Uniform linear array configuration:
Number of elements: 24
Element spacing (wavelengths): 0.25
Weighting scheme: blackman
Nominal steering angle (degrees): -45
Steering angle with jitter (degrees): -45.115
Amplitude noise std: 0.05
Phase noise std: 0.05

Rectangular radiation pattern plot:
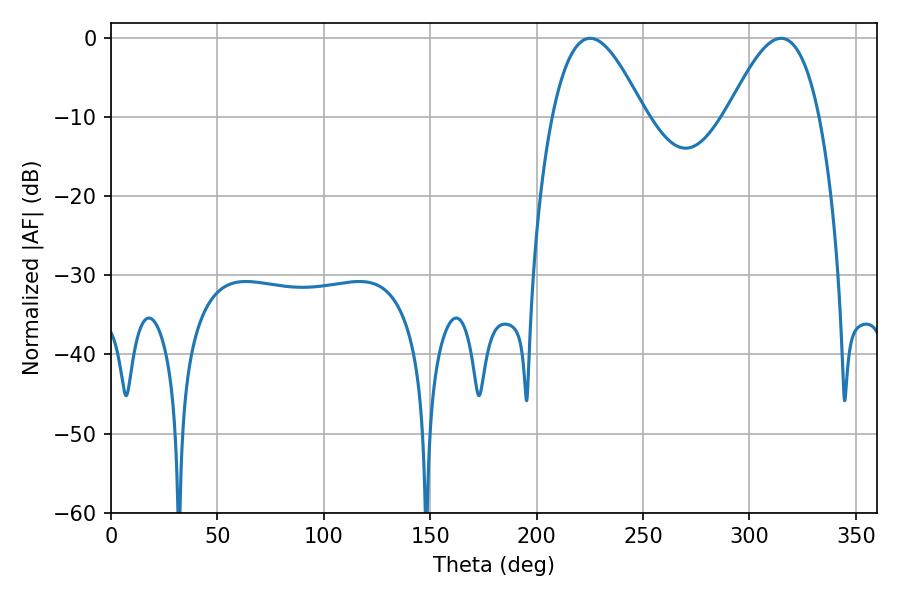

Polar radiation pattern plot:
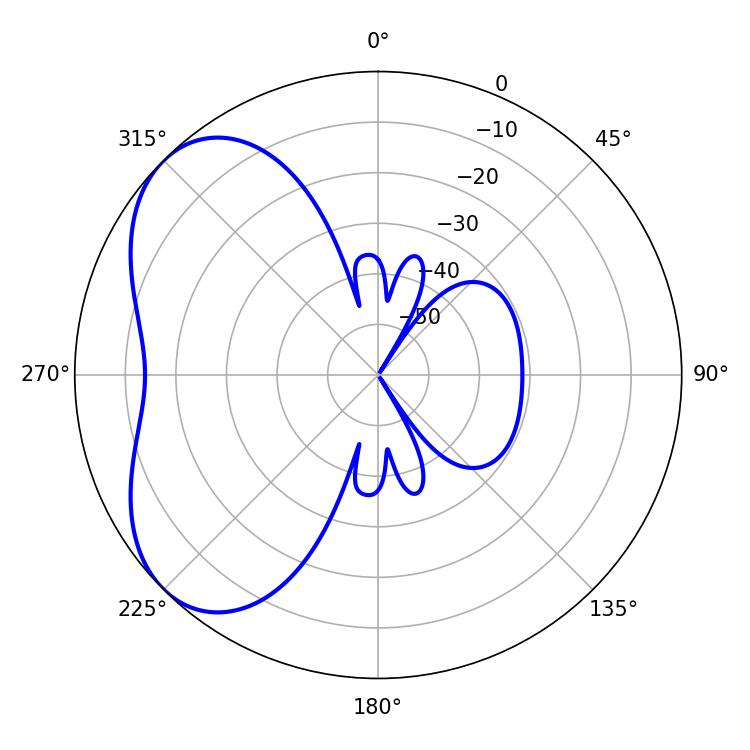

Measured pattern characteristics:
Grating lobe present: FALSE
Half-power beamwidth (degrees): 23.4
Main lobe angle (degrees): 225.18